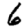
Digit: 6